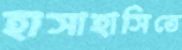
হাসাহাসিতে